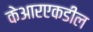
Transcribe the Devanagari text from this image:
केआरएकडील